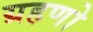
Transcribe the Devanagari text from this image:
ग्रहणो